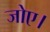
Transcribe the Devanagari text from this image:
जोए।